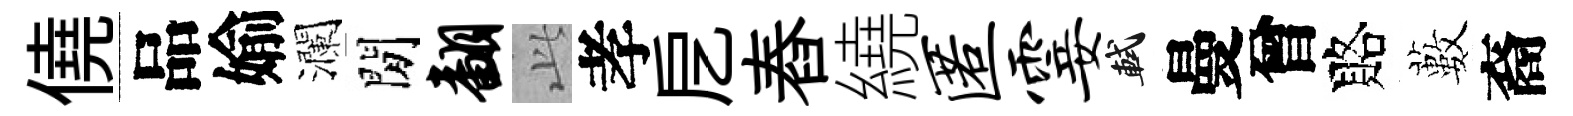
僥品媮瀾閒翻𬼘孝戹舂繞匿霎軾曼曾賂藪裔